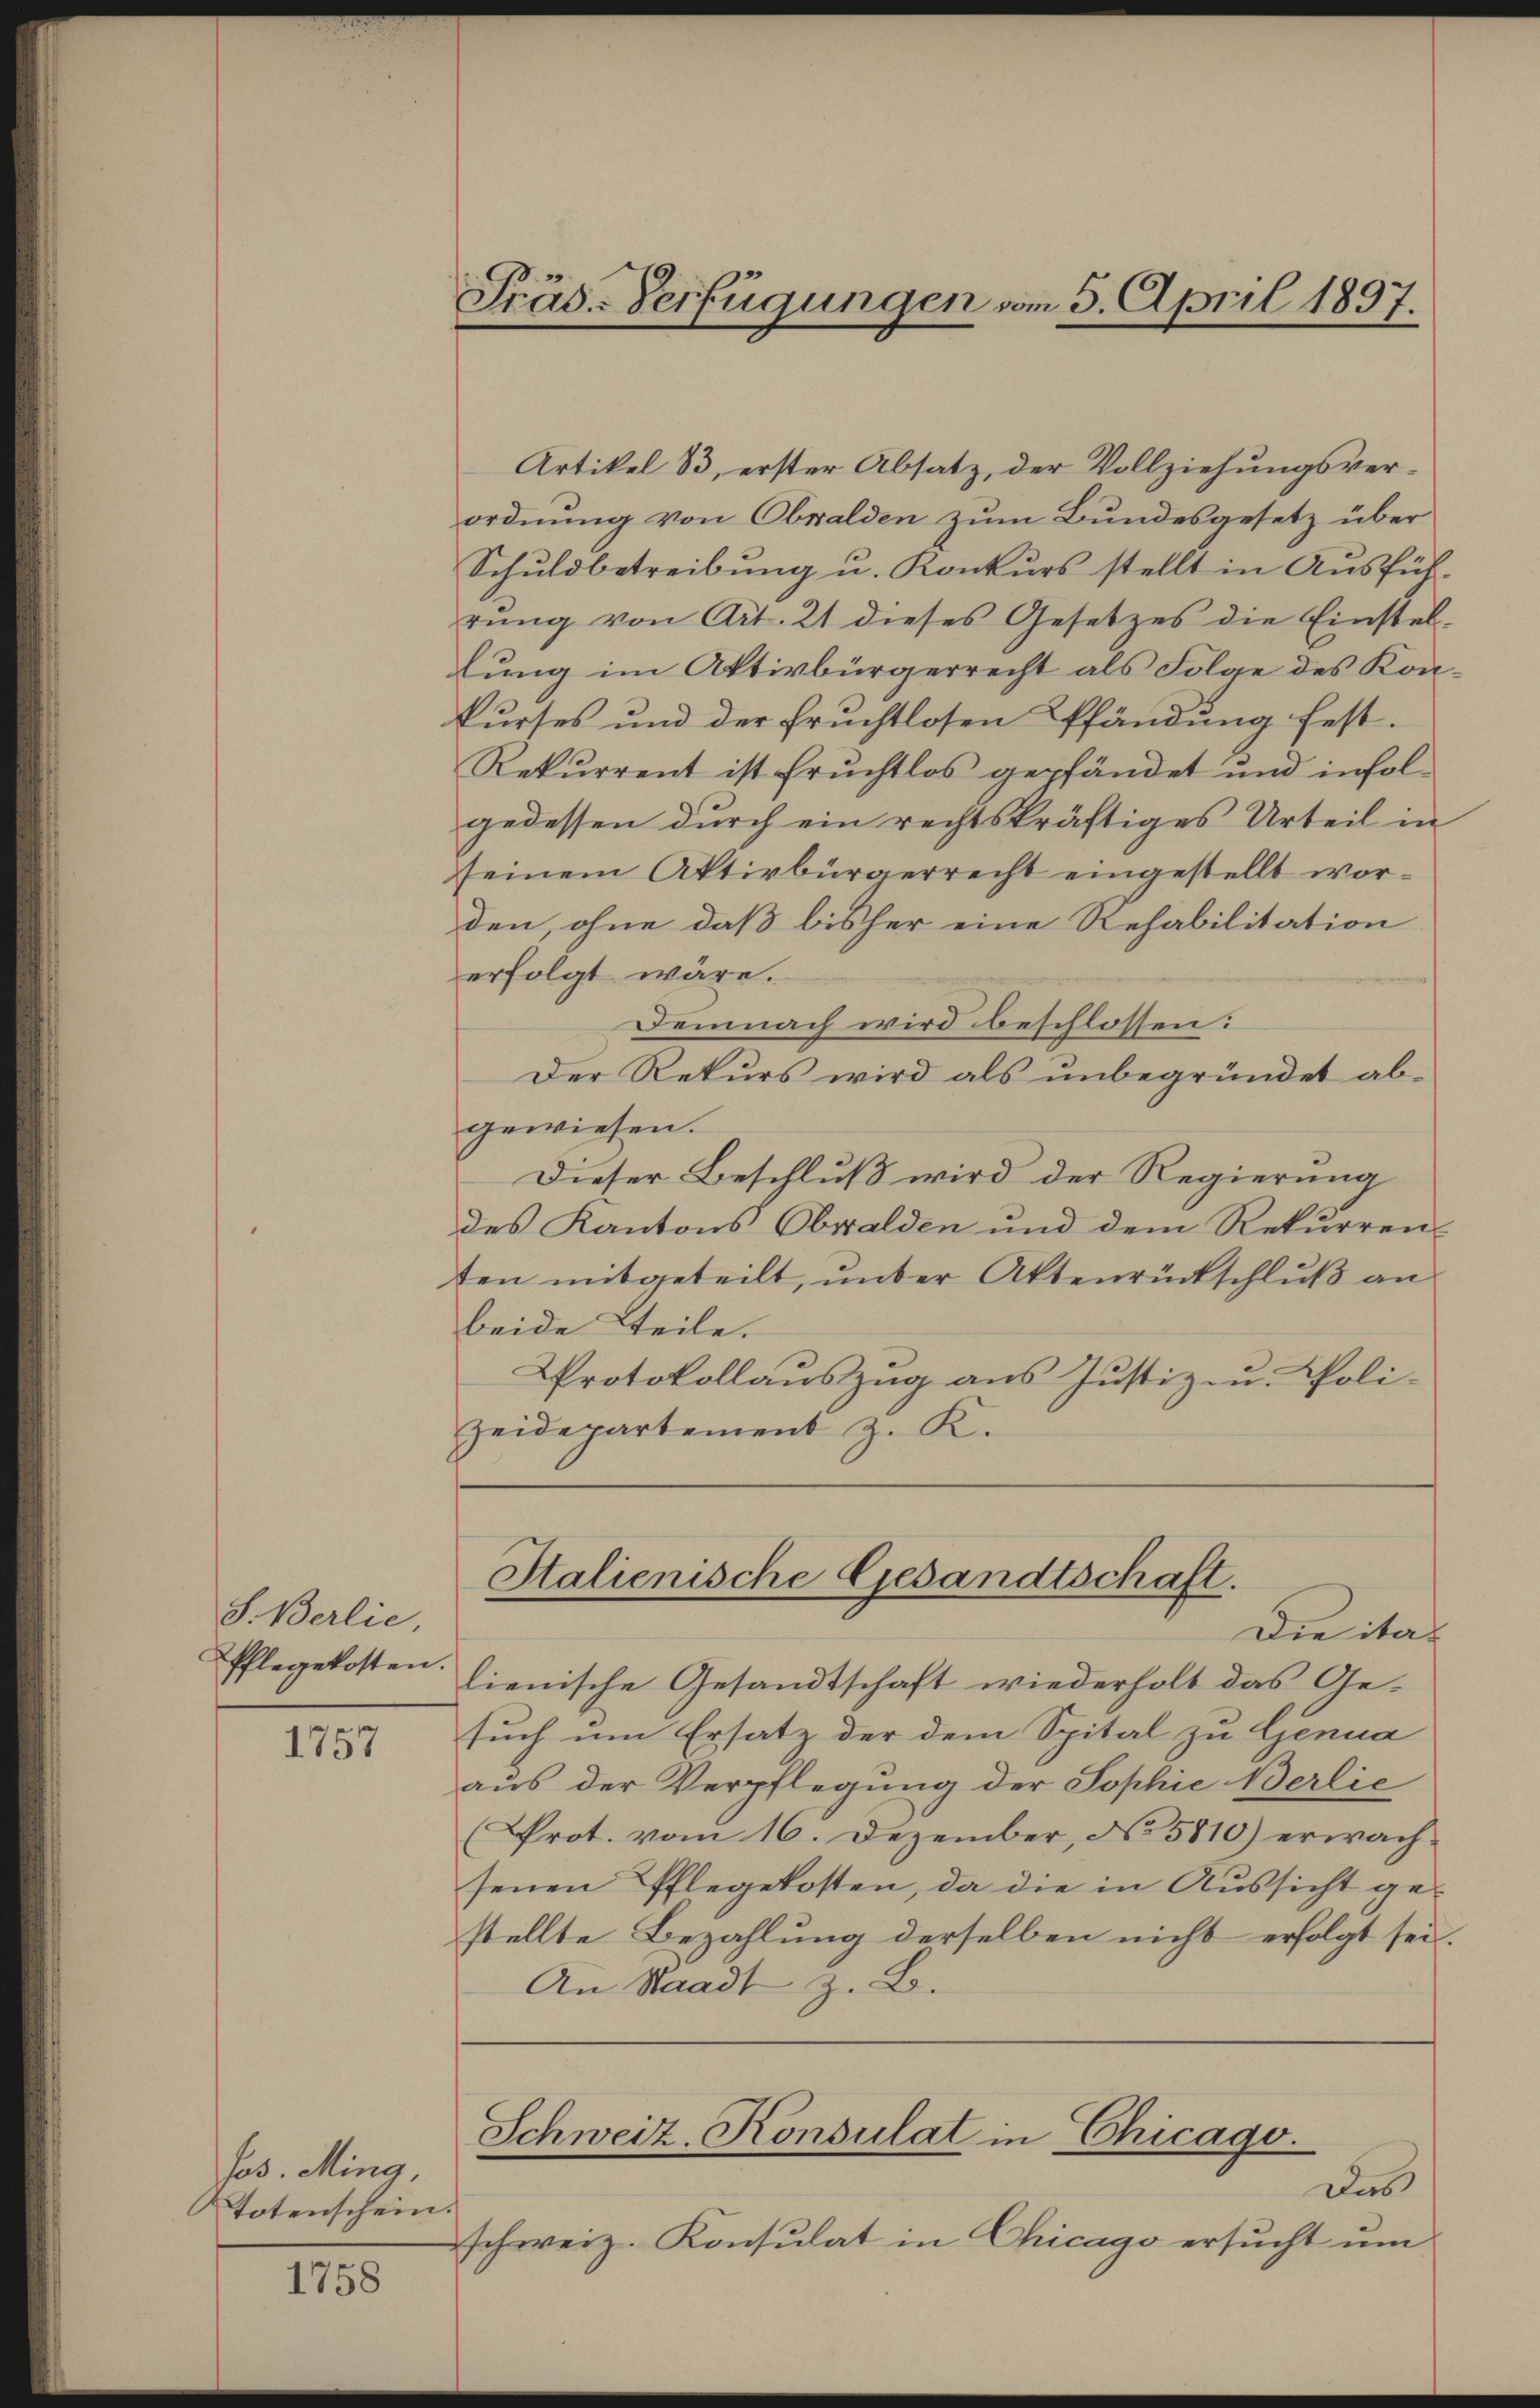
S. Berlie,

1757

Jos. Ming,
Totenschein.

1758

Präs-Verfügungen vom 5. April 1897.

Artikel 83, erster Absatz, der Vollziehungsver-
ordnung von Obwalden zum Bundesgesetz über
Schuldbetreibŭng u. Konkŭrs stellt in Aŭsfüh-
rŭng von Art. 21 dieses Gesetzes die Einstel-
lung im Aktivbürgerrecht als Folge des Konkurses und der fruchtlosen Pfändung fest.
Rekurrent ist Fruchtlos gepfändet und infolgedessen durch ein rechtskräftiges Urteil in
seinem Aktivbürgerrecht eingestellt worden, ohne daß bisher eine Rehabilitation
erfolgt wäre.
Demnach wird beschlossen:
Der Rekurs wird als unbegründet abgewiesen.
Dieser Beschluß wird der Regierung
des Kantons Obwalden und dem Rekurren-
ten mitgeteilt, unter Aktenrückschluß an
beide Teile.
Protokollauszug aus Justiz- u. Polizeidepartement z. K.

schweiz. Konsulat in Chicago ersucht um

Pflegekosten lienische Gesandtschaft wiederholt das Ge-
such um Ersatz der dem Spital zu Genua
aus der Verpflegung der Sophie Berlie
(Prot. vom 16. Dezember, No 5810) erwachsenen Pflegekosten, da die in Aussicht ge-
stellte Bezahlung derselben nicht erfolgt sei.
An Staadt z. B.

Italienische Gesandtschaft.
Die ita

Schweiz. Konsulat in Chicago.
Das